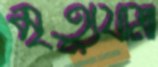
মৃত্যুযাত্রা